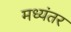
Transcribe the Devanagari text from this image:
मध्‍यंतर